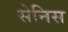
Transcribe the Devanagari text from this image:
सेनिस